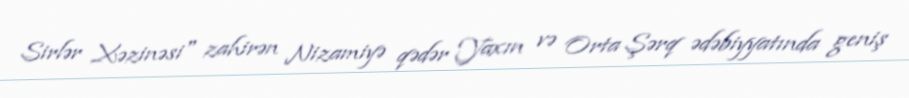
Sirlər Xəzinəsi" zahirən Nizamiyə qədər Yaxın və Orta Şərq ədəbiyyatında geniş